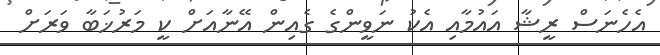
އެހެނަސް ރީޝާ އައުމާއި އެކު ނަވީންގެ ގެއިން އޭނާއަށް ކީ މަރުޚަބާ ވަރަށް